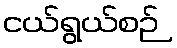
ငယ်ရွယ်စဉ်